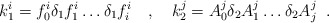
\begin{align*}k_1^i = f_0^i\delta_1f_1^i\ldots \delta_1f_i^i \quad,\quad k_2^j= A_0^j\delta_2A_1^j\ldots \delta_2A_j^j \;\;.\end{align*}